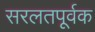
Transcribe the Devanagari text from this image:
सरलतपूर्वक